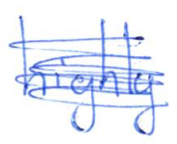
Text: highly
Cross-out: scratch
Writing tool: ballpoint